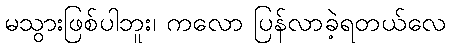
မသွားဖြစ်ပါဘူး၊ ကလော ပြန်လာခဲ့ရတယ်လေ